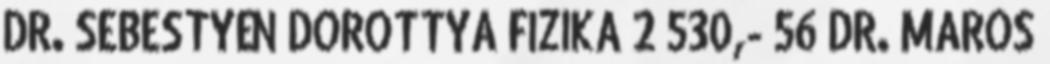
DR. SEBESTYÉN DOROTTYA FIZIKA 2 530,- 56 DR. MAROS